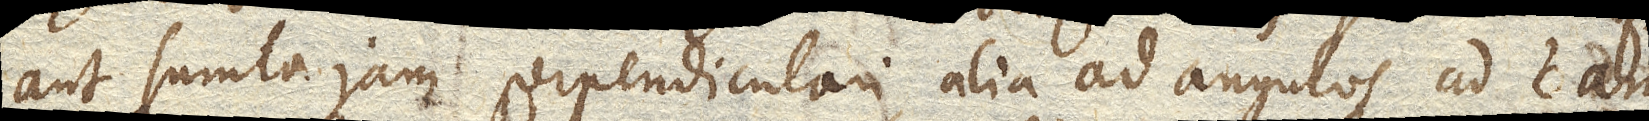
aut sumta jam perpendiculari, alia ad angulos ad tam